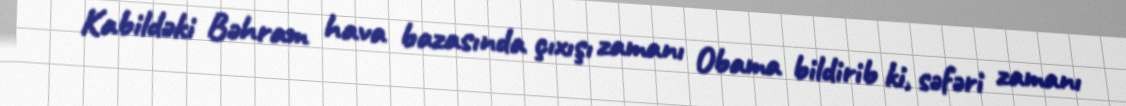
Kabildəki Bəhram hava bazasında çıxışı zamanı Obama bildirib ki, səfəri zamanı